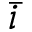
\bar { i }